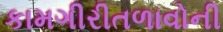
કામગીરીતળાવોની